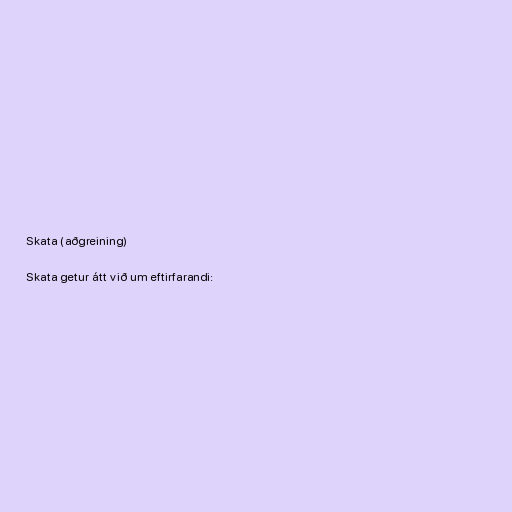
Skata (aðgreining)

Skata getur átt við um eftirfarandi: